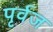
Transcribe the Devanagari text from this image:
पृर्वज